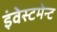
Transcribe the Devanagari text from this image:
इंवेस्टमेन्ट